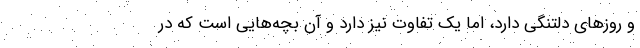
و روزهای دلتنگی دارد، اما یک تفاوت نیز دارد و آن بچه‌هایی است که در